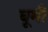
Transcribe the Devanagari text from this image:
बूमी